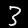
Digit: 3